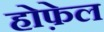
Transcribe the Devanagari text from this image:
होफ़ेल